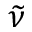
\widetilde { \nu }